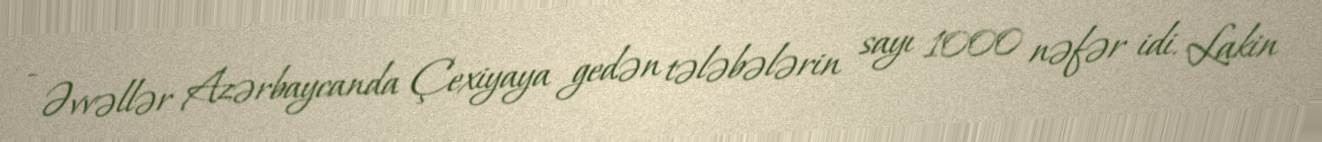
- Əvvəllər Azərbaycanda Çexiyaya gedən tələbələrin sayı 1000 nəfər idi. Lakin